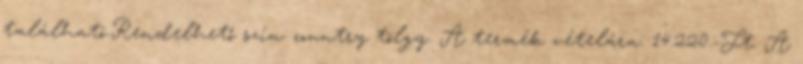
található.Rendelhető szín: country tölgy. A termék vételára: 14.220.-Ft. A